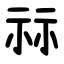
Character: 祘